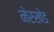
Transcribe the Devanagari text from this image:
नेरखेड